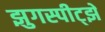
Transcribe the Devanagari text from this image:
झुगस्पीट्झे